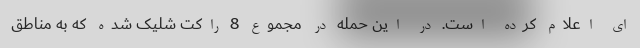
ای اعلام کرده است. در این حمله در مجموع 8 راکت شلیک شده که به مناطق